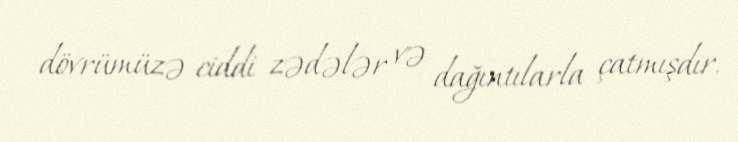
dövrümüzə ciddi zədələr və dağıntılarla çatmışdır.